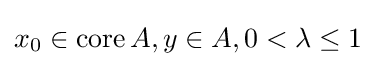
x_{0}\in \operatorname {core} A,y\in A,0<\lambda \leq 1